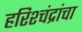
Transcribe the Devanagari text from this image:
हरिश्चंद्रांचा